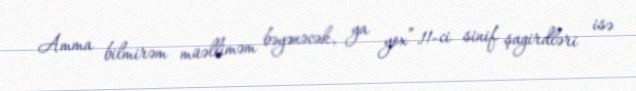
Amma bilmirəm müəlliməm bəyənəcək, ya yox”.11-ci sinif şagirdləri isə